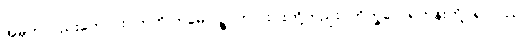
အမှတ်လည်းကောင်း။ ဣတိ ဣမေ ပဉ္စ၊ ဤငါးပါးတို့တည်း။ ဘိက္ခဝေ၊ ရဟန်းတို့။ ရာဂဿ၊